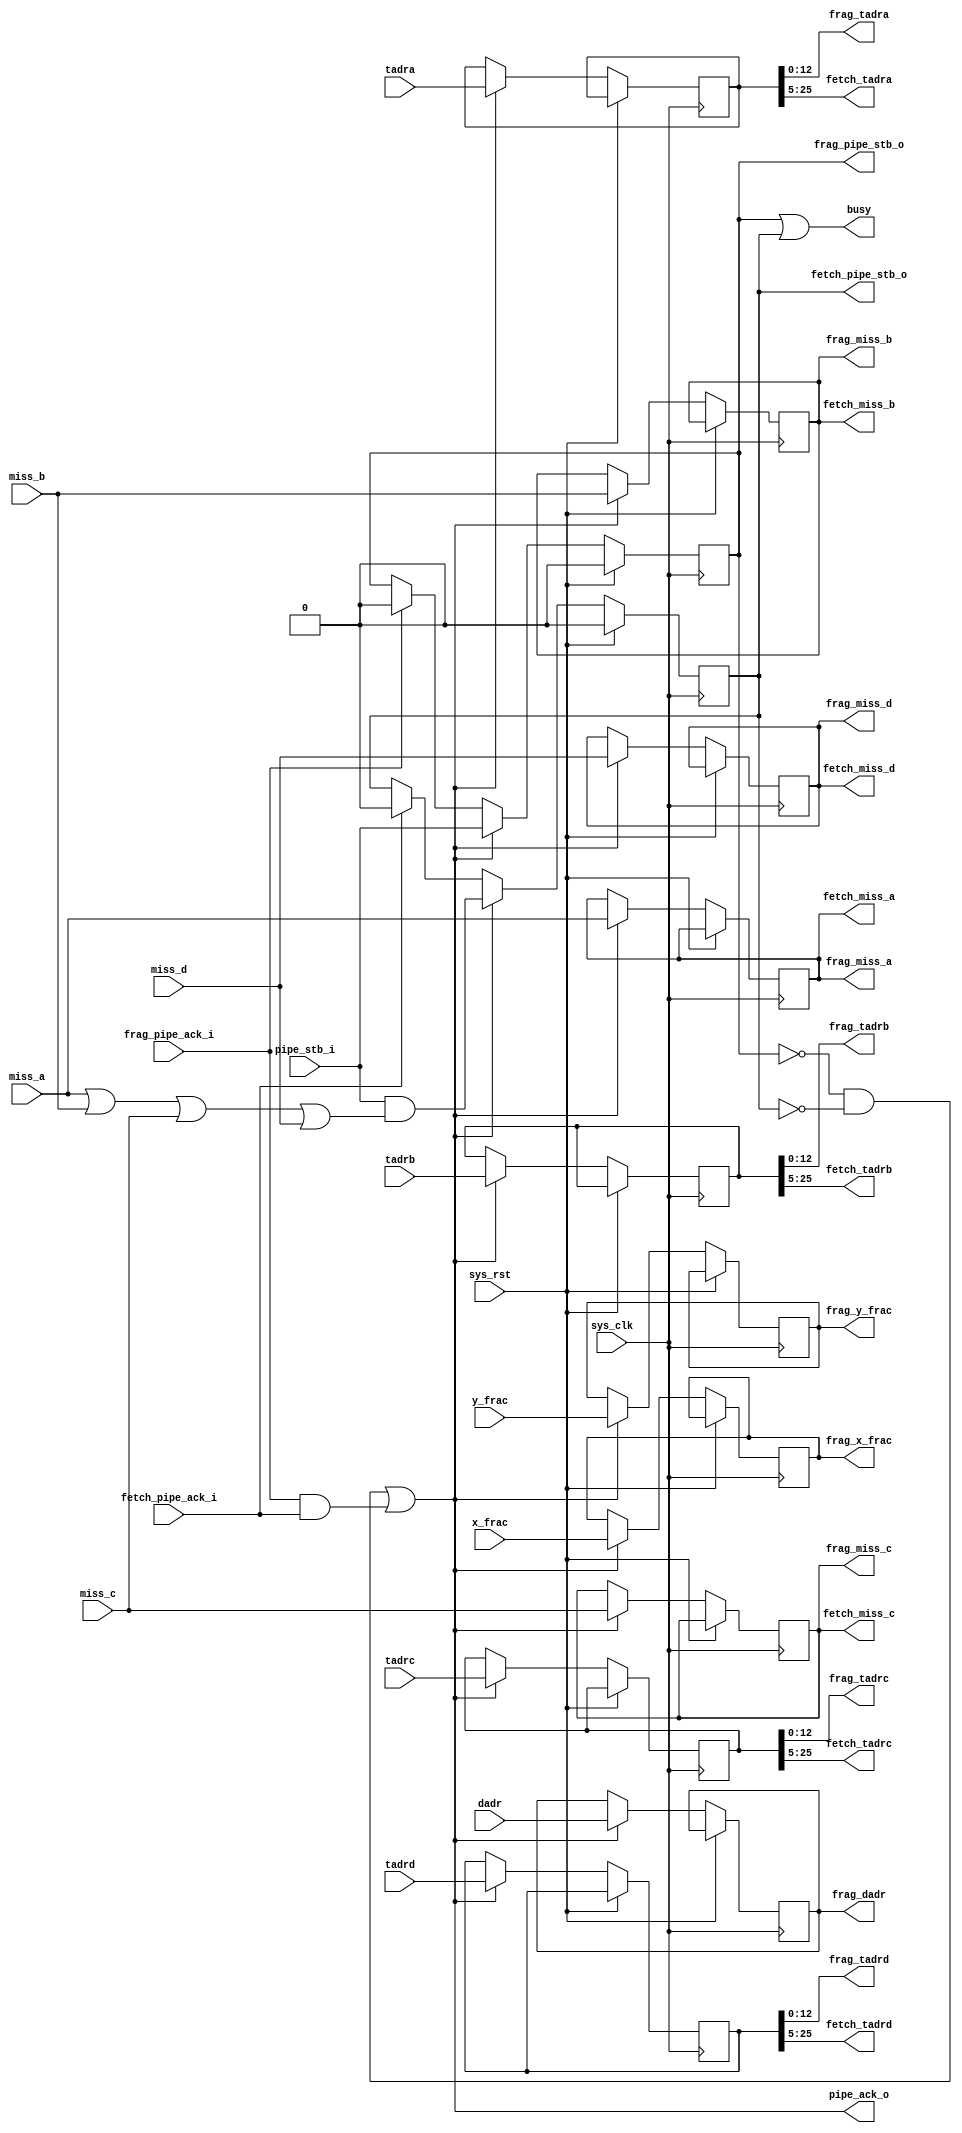
/*
 * Milkymist SoC
 * Copyright (C) 2007, 2008, 2009, 2010, 2011 Sebastien Bourdeauducq
 *
 * This program is free software: you can redistribute it and/or modify
 * it under the terms of the GNU General Public License as published by
 * the Free Software Foundation, version 3 of the License.
 *
 * This program is distributed in the hope that it will be useful,
 * but WITHOUT ANY WARRANTY; without even the implied warranty of
 * MERCHANTABILITY or FITNESS FOR A PARTICULAR PURPOSE.  See the
 * GNU General Public License for more details.
 *
 * You should have received a copy of the GNU General Public License
 * along with this program.  If not, see <http://www.gnu.org/licenses/>.
 */

module tmu2_split #(
	parameter cache_depth = 13,
	parameter fml_depth = 26
) (
	input sys_clk,
	input sys_rst,

	output busy,

	input pipe_stb_i,
	output pipe_ack_o,
	input [fml_depth-1-1:0] dadr,
	input [fml_depth-1:0] tadra,
	input [fml_depth-1:0] tadrb,
	input [fml_depth-1:0] tadrc,
	input [fml_depth-1:0] tadrd,
	input [5:0] x_frac,
	input [5:0] y_frac,
	input miss_a,
	input miss_b,
	input miss_c,
	input miss_d,
	
	/* to fragment FIFO */
	output reg frag_pipe_stb_o,
	input frag_pipe_ack_i,
	output reg [fml_depth-1-1:0] frag_dadr,
	output [cache_depth-1:0] frag_tadra, /* < texel cache addresses (in bytes) */
	output [cache_depth-1:0] frag_tadrb,
	output [cache_depth-1:0] frag_tadrc,
	output [cache_depth-1:0] frag_tadrd,
	output reg [5:0] frag_x_frac,
	output reg [5:0] frag_y_frac,
	output frag_miss_a,
	output frag_miss_b,
	output frag_miss_c,
	output frag_miss_d,

	/* to texel fetch unit */
	output reg fetch_pipe_stb_o,
	input fetch_pipe_ack_i,
	output [fml_depth-5-1:0] fetch_tadra, /* < texel burst addresses (in 4*64 bit units) */
	output [fml_depth-5-1:0] fetch_tadrb,
	output [fml_depth-5-1:0] fetch_tadrc,
	output [fml_depth-5-1:0] fetch_tadrd,
	output fetch_miss_a,
	output fetch_miss_b,
	output fetch_miss_c,
	output fetch_miss_d
);

/* shared data */
reg [fml_depth-1:0] r_tadra;
reg [fml_depth-1:0] r_tadrb;
reg [fml_depth-1:0] r_tadrc;
reg [fml_depth-1:0] r_tadrd;
reg r_miss_a;
reg r_miss_b;
reg r_miss_c;
reg r_miss_d;

assign frag_tadra = r_tadra[cache_depth-1:0];
assign frag_tadrb = r_tadrb[cache_depth-1:0];
assign frag_tadrc = r_tadrc[cache_depth-1:0];
assign frag_tadrd = r_tadrd[cache_depth-1:0];
assign frag_miss_a = r_miss_a;
assign frag_miss_b = r_miss_b;
assign frag_miss_c = r_miss_c;
assign frag_miss_d = r_miss_d;

assign fetch_tadra = r_tadra[fml_depth-1:5];
assign fetch_tadrb = r_tadrb[fml_depth-1:5];
assign fetch_tadrc = r_tadrc[fml_depth-1:5];
assign fetch_tadrd = r_tadrd[fml_depth-1:5];
assign fetch_miss_a = r_miss_a;
assign fetch_miss_b = r_miss_b;
assign fetch_miss_c = r_miss_c;
assign fetch_miss_d = r_miss_d;

reg data_valid;

always @(posedge sys_clk) begin
	if(sys_rst) begin
		frag_pipe_stb_o <= 1'b0;
		fetch_pipe_stb_o <= 1'b0;
	end else begin
		if(frag_pipe_ack_i)
			frag_pipe_stb_o <= 1'b0;
		if(fetch_pipe_ack_i)
			fetch_pipe_stb_o <= 1'b0;
		if(pipe_ack_o) begin
			frag_pipe_stb_o <= pipe_stb_i;
			fetch_pipe_stb_o <= pipe_stb_i & (miss_a | miss_b | miss_c | miss_d);
			frag_dadr <= dadr;
			r_tadra <= tadra;
			r_tadrb <= tadrb;
			r_tadrc <= tadrc;
			r_tadrd <= tadrd;
			frag_x_frac <= x_frac;
			frag_y_frac <= y_frac;
			r_miss_a <= miss_a;
			r_miss_b <= miss_b;
			r_miss_c <= miss_c;
			r_miss_d <= miss_d;
		end
	end
end

assign busy = frag_pipe_stb_o | fetch_pipe_stb_o;
assign pipe_ack_o = (~frag_pipe_stb_o & ~fetch_pipe_stb_o) | (frag_pipe_ack_i & fetch_pipe_ack_i);

endmodule